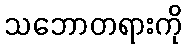
သဘောတရားကို